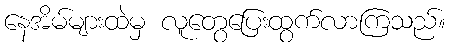
နေအိမ်များထဲမှ လူတွေပြေးထွက်လာကြသည်။